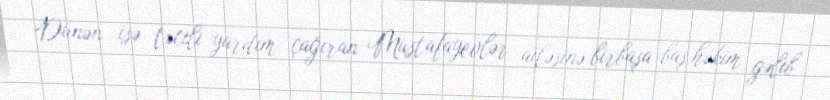
Dünən isə təcili yardım çağıran Mustafayevlər ailəsinə birbaşa baş həkim gəlib